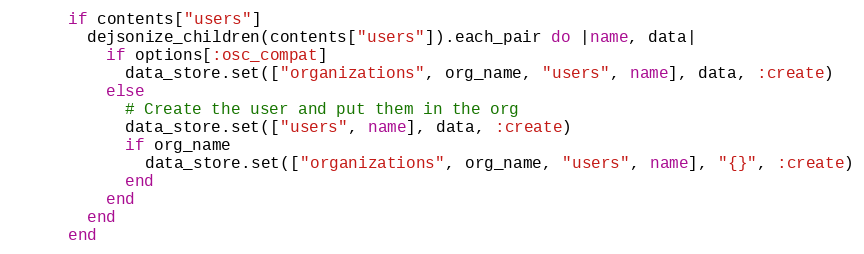
Language: Ruby
      if contents["users"]
        dejsonize_children(contents["users"]).each_pair do |name, data|
          if options[:osc_compat]
            data_store.set(["organizations", org_name, "users", name], data, :create)
          else
            # Create the user and put them in the org
            data_store.set(["users", name], data, :create)
            if org_name
              data_store.set(["organizations", org_name, "users", name], "{}", :create)
            end
          end
        end
      end